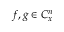
f , g \in C _ { x } ^ { n }